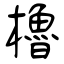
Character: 櫓